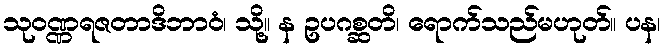
သုဝဏ္ဏရဇတာဒိဘာဝံ၊ သို့။ န ဥပဂစ္ဆတိ၊ ရောက်သည်မဟုတ်။ ပန၊